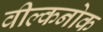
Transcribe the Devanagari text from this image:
वील्कनोक